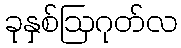
ခုနှစ်ဩဂုတ်လ